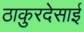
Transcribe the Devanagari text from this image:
ठाकुरदेसाई